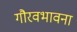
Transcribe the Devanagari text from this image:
गौरवभावना